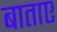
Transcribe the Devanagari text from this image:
बाताए